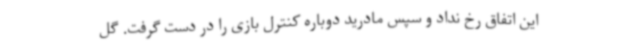
این اتفاق رخ نداد و سپس مادرید دوباره کنترل بازی را در دست گرفت. گل